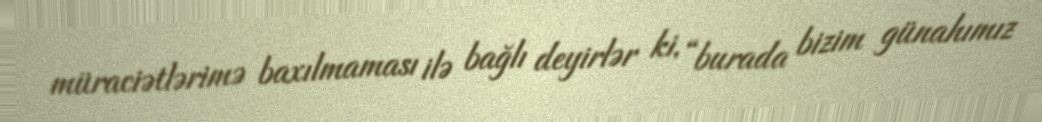
müraciətlərimə baxılmaması ilə bağlı deyirlər ki, “burada bizim günahımız